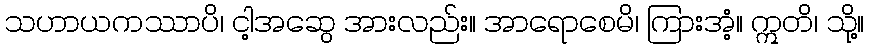
သဟာယကဿာပိ၊ ငါ့အဆွေ အားလည်း။ အာရောစေမိ၊ ကြားအံ့။ ဣတိ၊ သို့။